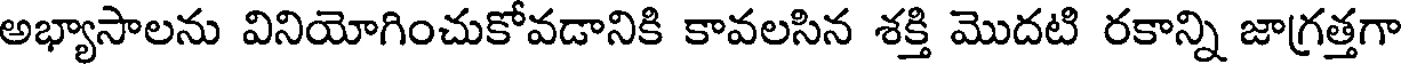
అభ్యాసాలను వినియోగించుకోవడానికి కావలసిన శక్తి మొదటి రకాన్ని జాగ్రత్తగా